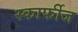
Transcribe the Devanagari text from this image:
स्कार्फीज